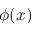
\phi ( x )